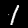
Digit: 1